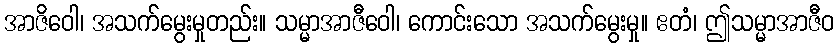
အာဇိဝေါ၊ အသက်မွေးမှုတည်း။ သမ္မာအာဇီဝေါ၊ ကောင်းသော အသက်မွေးမှု။ ဧတံ၊ ဤသမ္မာအာဇီဝ